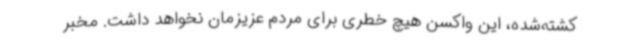
کشته‌شده، این واکسن هیچ خطری برای مردم عزیزمان نخواهد داشت. مخبر